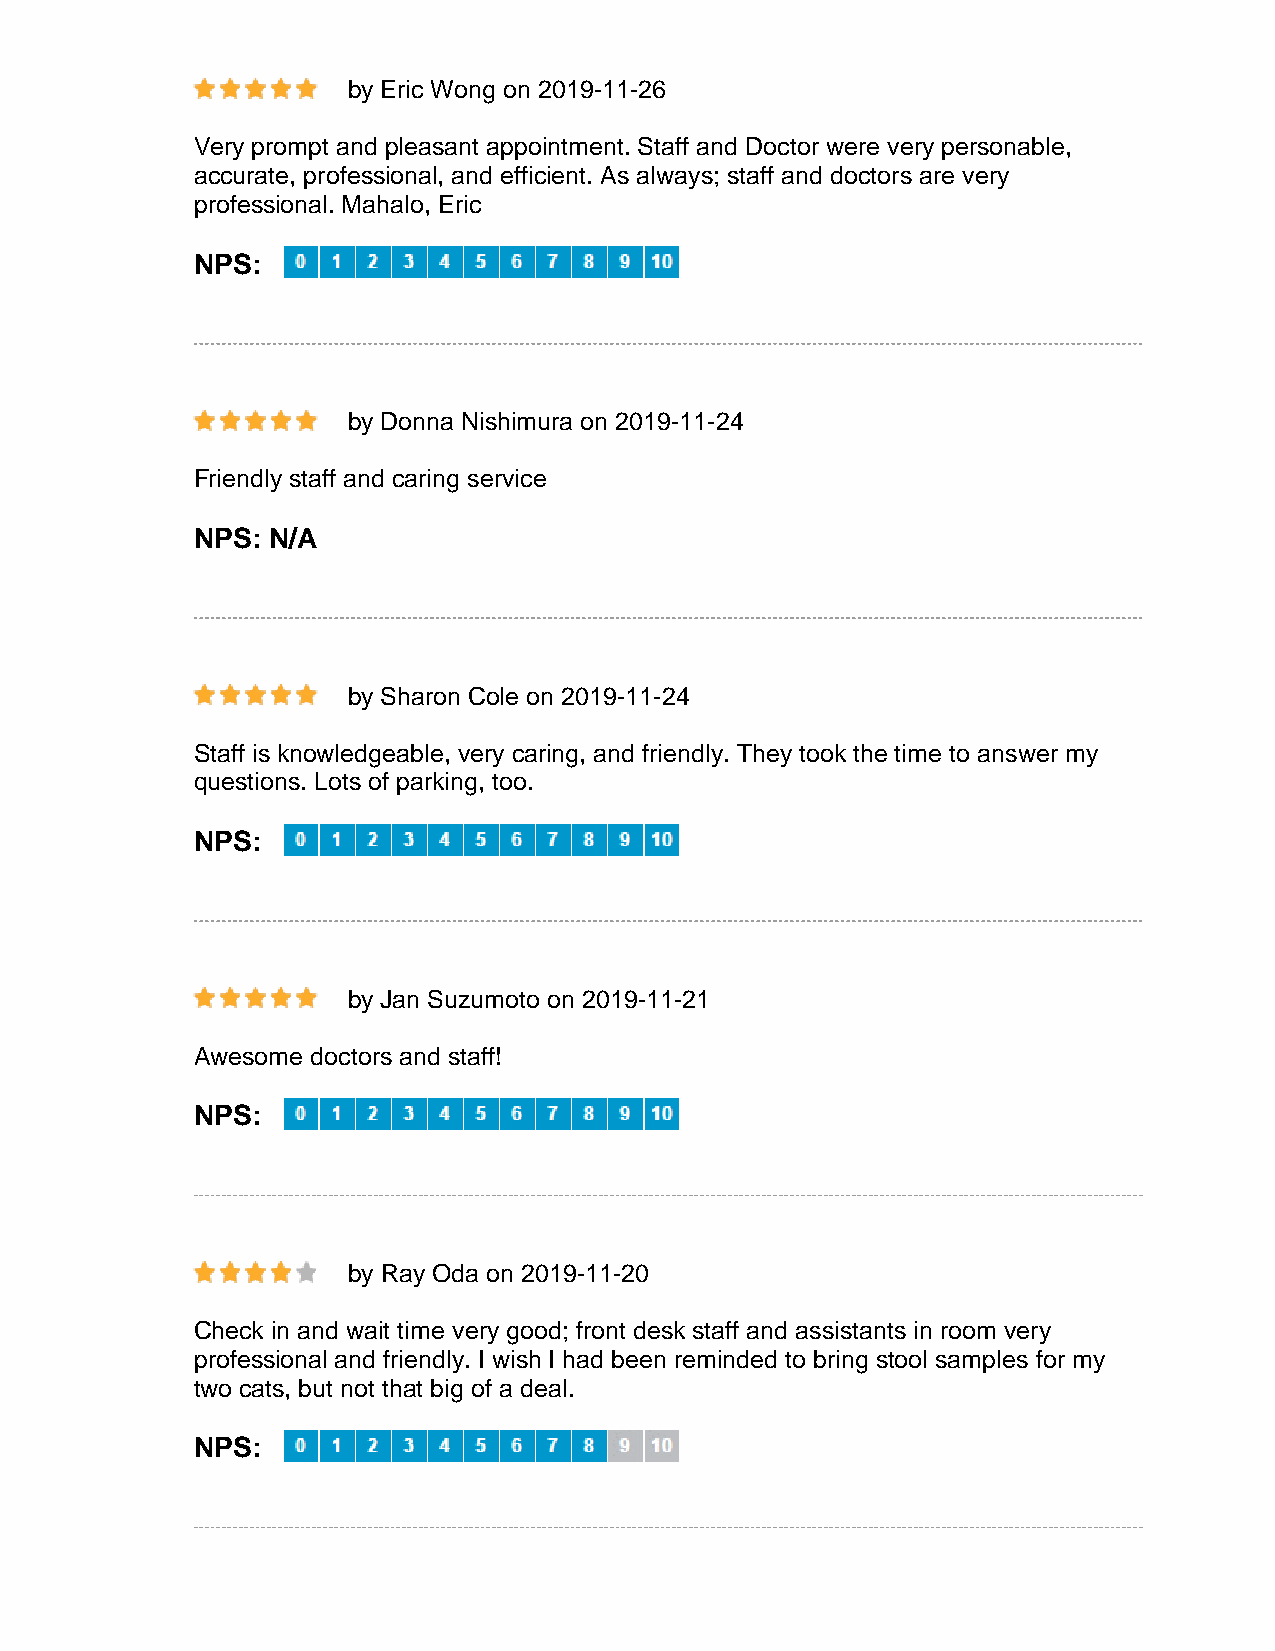
by Eric Wong on 2019-11-26
 Very prompt and pleasant appointment. Staff and Doctor were very personable,
 accurate, professional, and efficient. As always; staff and doctors are very
 professional. Mahalo, Eric
 NPS:
 by Donna Nishimura on 2019-11-24
 Friendly staff and caring service
 NPS: N/A
 by Sharon Cole on 2019-11-24
 Staff is knowledgeable, very caring, and friendly. They took the time to answer my
 questions. Lots of parking, too.
 NPS:
 by Jan Suzumoto on 2019-11-21
 Awesome doctors and staff!
 NPS:
 by Ray Oda on 2019-11-20
 Check in and wait time very good; front desk staff and assistants in room very
 professional and friendly. I wish I had been reminded to bring stool samples for my
 two cats, but not that big of a deal.
 NPS: